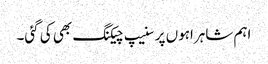
اہم شاہراہوں پر سنیپ چیکنگ بھی کی گئی۔